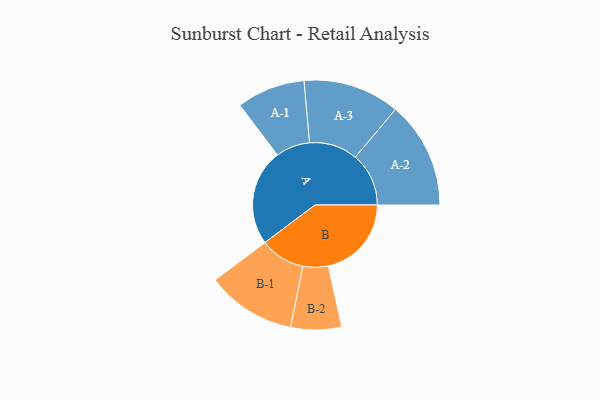
{"axis": {"x": "Segment", "y": "Value"}, "legend": ["", "A", "B"], "data": [{"x": "A", "y": 468, "type": ""}, {"x": "B", "y": 404, "type": ""}, {"x": "A-1", "y": 166, "type": "A"}, {"x": "A-2", "y": 260, "type": "A"}, {"x": "A-3", "y": 235, "type": "A"}, {"x": "B-1", "y": 218, "type": "B"}, {"x": "B-2", "y": 123, "type": "B"}]}